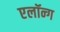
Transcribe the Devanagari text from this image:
एलॉन्ग